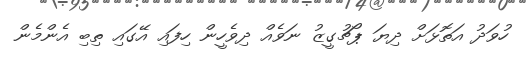
ހުވަދު އަތޮޅަށް ދިޔަ ޕޯޗުގީޒު ނަވެއް ދިވެހީން ހިފައި އޭގައި ތިބި އެންމެން